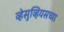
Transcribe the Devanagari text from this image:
व्हेसुव्हियसच्या